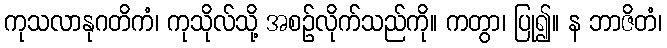
ကုသလာနုဂတိကံ၊ ကုသိုလ်သို့ အစဉ်လိုက်သည်ကို။ ကတွာ၊ ပြု၍။ န ဘာဇိတံ၊